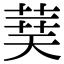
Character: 𦴐